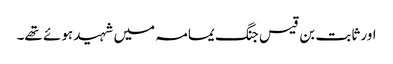
اور ثابت بن قیس جنگ یمامہ میں شہید ہوئے تھے۔